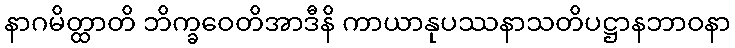
နာဂမိတ္ထာတိ ဘိက္ခဝေတိအာဒီနိ ကာယာနုပဿနာသတိပဋ္ဌာနဘာဝနာ